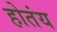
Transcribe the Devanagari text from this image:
होतंय